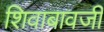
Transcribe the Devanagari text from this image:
शिवाबावजी